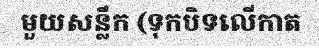
មួយសន្លឹក (ទុកបិទលើកាត